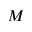
M